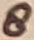
Text: 8